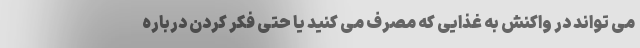
می تواند در واکنش به غذایی که مصرف می کنید یا حتی فکر کردن درباره